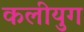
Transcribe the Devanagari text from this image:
कलीयुग